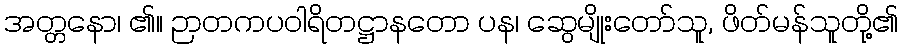
အတ္တနော၊ ၏။ ဉာတကပဝါရိတဋ္ဌာနတော ပန၊ ဆွေမျိုးတော်သူ, ဖိတ်မန်သူတို့၏